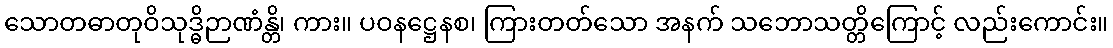
သောတဓာတုဝိသုဒ္ဓိဉာဏံန္တိ၊ ကား။ ပဝနဋ္ဌေနစ၊ ကြားတတ်သော အနက် သဘောသတ္တိကြောင့် လည်းကောင်း။